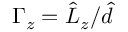
\Gamma _ { z } = \hat { L } _ { z } / \hat { d }